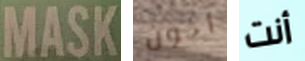
MASK أخون أنت